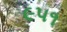
૯૫૧